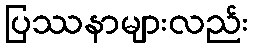
ပြဿနာများလည်း